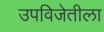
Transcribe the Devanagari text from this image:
उपविजेतीला